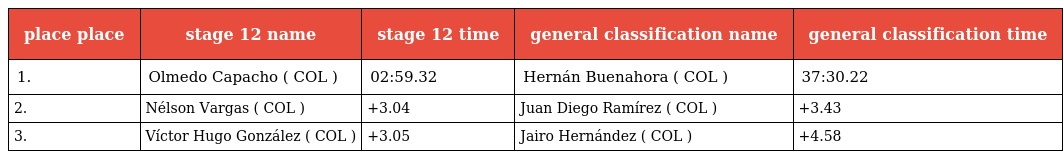
| place place | stage 12 name | stage 12 time | general classification name | general classification time |
 | --- | --- | --- | --- | --- |
 | 1. | Olmedo Capacho ( COL ) | 02:59.32 | Hernán Buenahora ( COL ) | 37:30.22 |
 | 2. | Nélson Vargas ( COL ) | +3.04 | Juan Diego Ramírez ( COL ) | +3.43 |
 | 3. | Víctor Hugo González ( COL ) | +3.05 | Jairo Hernández ( COL ) | +4.58 |